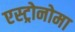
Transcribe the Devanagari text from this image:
एस्ट्रोनोमा